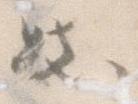
き